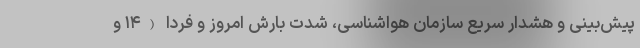
پیش‌بینی و هشدار سریع سازمان هواشناسی، شدت بارش امروز و فردا (۱۴ و